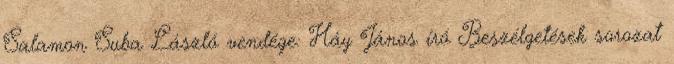
Salamon Suba László vendége: Háy János író Beszélgetések sorozat